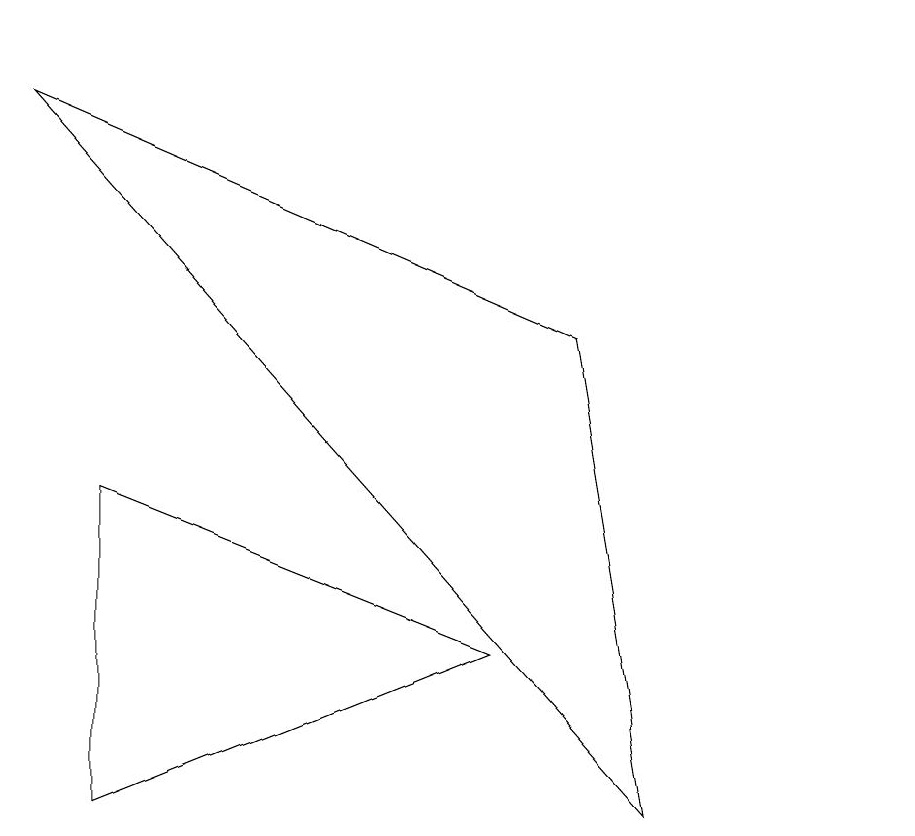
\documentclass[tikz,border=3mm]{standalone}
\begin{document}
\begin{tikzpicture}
\draw (8,6) -- (1,9) -- (9,0) -- cycle;
\draw (7,2) -- (2,4) -- (2,0) -- cycle;
\draw (12,10) circle (0);
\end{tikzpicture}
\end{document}